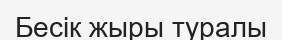
Бесік жыры туралы